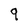
Character: 9